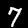
Digit: 7